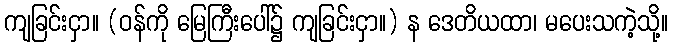
ကျခြင်းငှာ။ (ဝန်ကို မြေကြီးပေါ်၌ ကျခြင်းငှာ။) န ဒေတိယထာ၊ မပေးသကဲ့သို့။